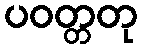
ပဝတ္တတု